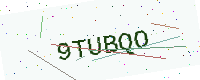
Text: 9TUBQO